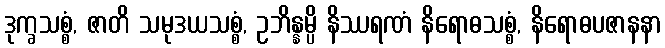
ဒုက္ခသစ္စံ, ဇာတိ သမုဒယသစ္စံ, ဥဘိန္နမ္ပိ နိဿရဏံ နိရောဓသစ္စံ, နိရောဓပဇာနနာ